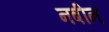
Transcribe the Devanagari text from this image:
नबीन